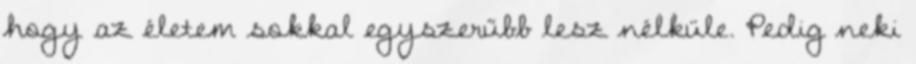
hogy az életem sokkal egyszerűbb lesz nélküle. Pedig neki